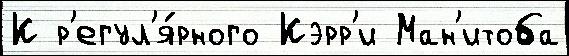
К р'егул'я́рного Кэрр'и Ман'итоба